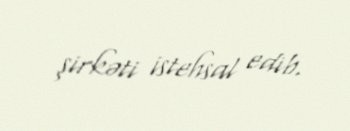
şirkəti istehsal edib.